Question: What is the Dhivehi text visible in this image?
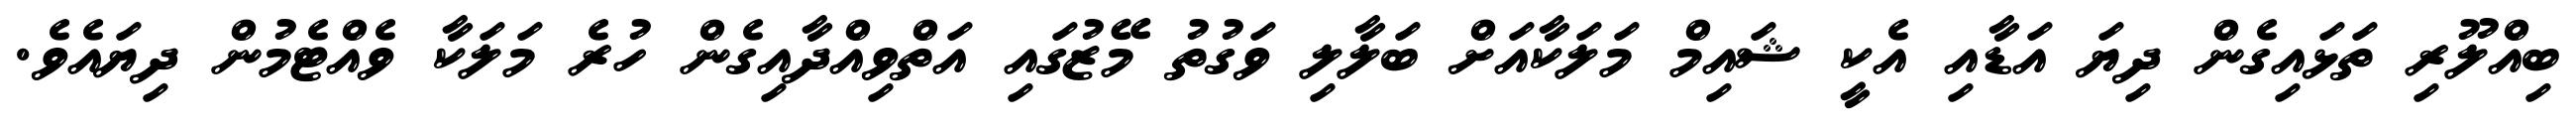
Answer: ބިއްލޫރި ތަޅައިގެން ދިޔަ އަޑާއި އެކީ ޝައިމް މަލަކާއަށް ބަލާލި ވަގުތު މޭޒުގައި އަތްވިއްދާއިގެން ހުރެ މަލަކާ ވެއްޓެމުން ދިޔައެވެ.